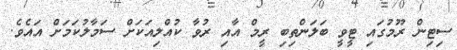
ސިޓިން ރޫމުގައި ޓީވީ ބަލަންތިބި ރީމް އާއި ރުވާ ކުއްލިއަކަށް ސަމާލުކަމަށް އައެވެ.